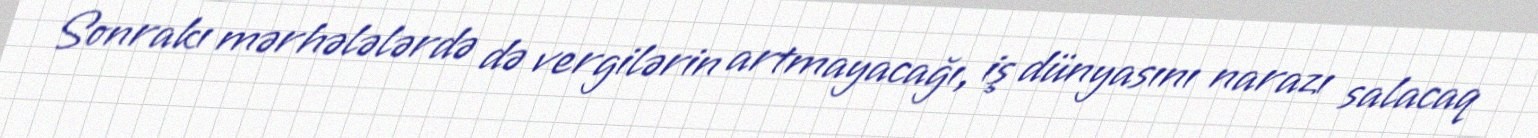
Sonrakı mərhələlərdə də vergilərin artmayacağı, iş dünyasını narazı salacaq